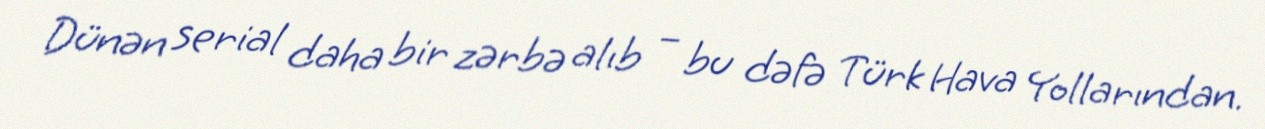
Dünən serial daha bir zərbə alıb – bu dəfə Türk Hava Yollarından.